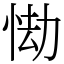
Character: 㤼